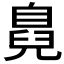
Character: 𮍜